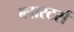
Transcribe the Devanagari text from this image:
ब्लास्टर्स